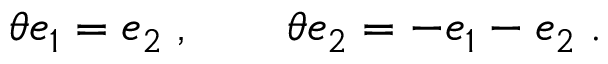
\theta e _ { 1 } = e _ { 2 } \; , \qquad \theta e _ { 2 } = - e _ { 1 } - e _ { 2 } \; .